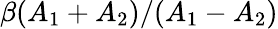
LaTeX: \beta(A_{1}+A_{2})/(A_{1}-A_{2})